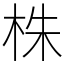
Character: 株